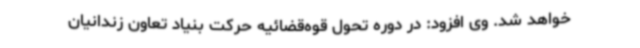
خواهد شد. وی افزود: در دوره تحول قوه‌قضائیه حرکت بنیاد تعاون زندانیان